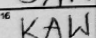
Transcription: KAW